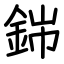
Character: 銟